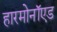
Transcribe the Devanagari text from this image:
हारमोनॉएड